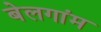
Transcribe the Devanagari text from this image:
बेलगांम